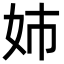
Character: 姉